Bombay plague: being a history of the progress of plague in the Bombay presidency from September 1896 to June 1899
Year: 1896
Disease focus: Plague
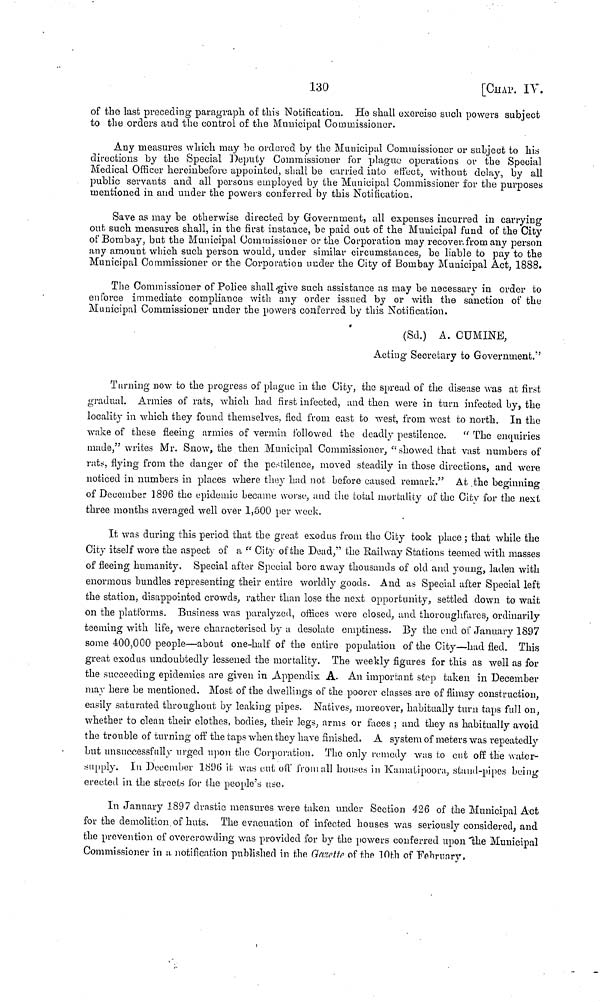
130
[CHAP.
IV.
of the last preceding paragraph of this Notification. Ho shall exorcise such powers subject
to the orders and the control of the Municipal Commissioner.
Any measures which may bo ordered by the Municipal Commissioner or subject to his
directions by the Special Deputy Commissioner for plague operations or the Special
Medical Officer hereinbefore appointed, shall be carried into effect, without delay, by all
public servants and all persons employed by the Municipal Commissioner for the purposes
mentioned in and under the powers conferred by this Notification.
Save as may be otherwise directed by Government, all expenses incurred in carrying
out such measures shall, in the first instance, be paid out of the Municipal fund of the City
of Bombay, but the Municipal Commissioner or the Corporation may recover from any person
any amount which such person would, under similar circumstances, be liable to pay to the
Municipal Commissioner or the Corporation under the City of Bombay Municipal Act, 1888.
The Commissioner of Police shall give such assistance as may be necessary in order to
enforce immediate compliance with any order issued by or with the sanction of the
Municipal Commissioner under the powers conferred by this Notification.
(Sd.) A. CUMINE,
Acting Secretary to Government."
Turning now to the progress of plague in the City, the spread of the disease was at first
gradual. Armies of rats, which had first infected, and then were in turn infected by, the
locality in which they found themselves, fied from east to west, from west to north. In the
wake of these fleeing armies of vermin followed the deadly pestilence. "The enquiries
made," writes Mr. Snow, the then Municipal Commissioner, "showed that vast numbers of
rats, flying from the danger of the pestilence, moved steadily in those directions, and were
noticed in numbers in places where they had not before caused remark." At the beginning
of December 1896 the epidemic became worse, and the total mortality of the City for the next
three months averaged well over 1,500 per week.
It was during this period that the great exodus from the City took place ; that while the
City itself wore the aspect of a " City of the Dead," the Railway Stations teemed with masses
of fleeing humanity. Special after Special bore away thousands of old and young, laden with
enormous bundles representing their entire worldly goods. And as Special after Special left
the station, disappointed crowds, rather than lose the next opportunity, settled down to wait
on the platforms. Business was paralyzed, offices were closed, and thoroughfares, ordinarily
teeming with life, were characterised by a desolate emptiness. By the end of January 1897
some 400,000 people—about one-half of the entire population of the City—had fled. This
great exodus undoubtedly lessened the mortality. The weekly figures for this as well as for
the succeeding epidemics are given in Appendix A. An important stop taken in December
may here be mentioned. Most of the dwellings of the poorer classes are of flimsy construction,
easily saturated throughout by leaking pipes. Natives, moreover, habitually turn taps full on,
whether to clean their clothes, bodies, their legs, arms or faces ; and they as habitually avoid
the trouble of turning off the taps when they have finished. A system of meters was repeatedly
but unsuccessfully urged upon the Corporation. The only remedy was to cut off the water-
supply. In December 18% it was out off from all houses in Kamatipoora, stand-pipes being
erected in the streets for the people's use.
In January 1897 drastic measures were taken under Section 426 of the Municipal Act
for the demolition of huts. The evacuation of infected houses was seriously considered, and
the prevention of overcrowding was provided for by the powers conferred upon the Municipal
Commissioner in α notification published in the Gazette of the 10th of February.